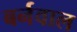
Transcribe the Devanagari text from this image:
बर्नवाल